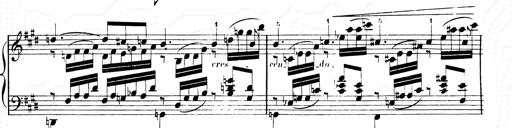
Title: 2 Transcriptions d'aprÃ¨s Rossini
Composer: Franz Liszt